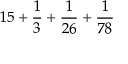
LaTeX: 1 5 + { \frac { 1 } { 3 } } + { \frac { 1 } { 2 6 } } + { \frac { 1 } { 7 8 } }